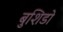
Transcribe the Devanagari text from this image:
बुशिडो